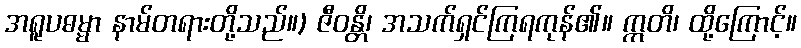
အရူပဓမ္မာ နာမ်တရားတို့သည်။) ဇီဝန္တိ၊ အသက်ရှင်ကြရကုန်၏။ ဣတိ၊ ထို့ကြောင့်။